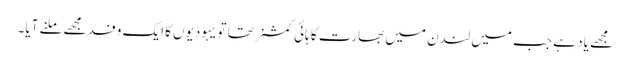
مجھے یاد ہے جب میں لندن میں بھارت کا ہائی کمشنر تھا تو یہودیوں کا ایک وفد مجھے ملنے آیا۔